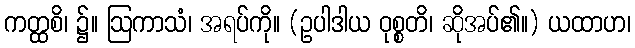
ကတ္ထစိ၊ ၌။ ဩကာသံ၊ အရပ်ကို။ (ဥပါဒါယ ဝုစ္စတိ၊ ဆိုအပ်၏။) ယထာဟ၊